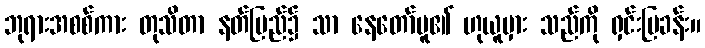
ဘုရားအစစ်ကား တုသိတာ နတ်ပြည်၌ သာ နေတော်မူ၏ ဟုယူမှား သည်ကို ရှင်းပြခန်း။